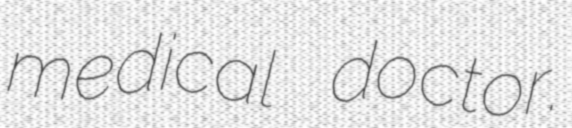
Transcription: medical doctor.